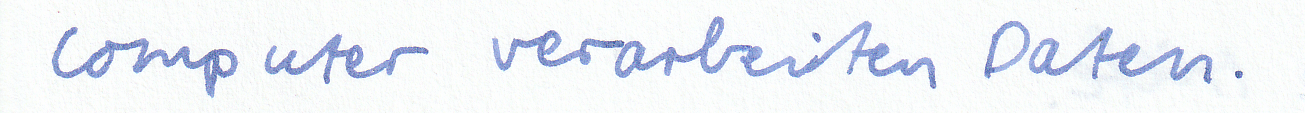
Computer verarbeiten Daten.